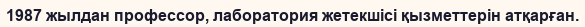
1987 жылдан профессор, лаборатория жетекшісі қызметтерін атқарған.